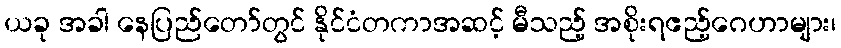
ယခု အခါ နေပြည်တော်တွင် နိုင်ငံတကာအဆင့် မီသည့် အစိုးရဧည့်ဂေဟာများ၊